Lunatic asylums Punjab 1895-1910 - 1895-1910
Year: 1895
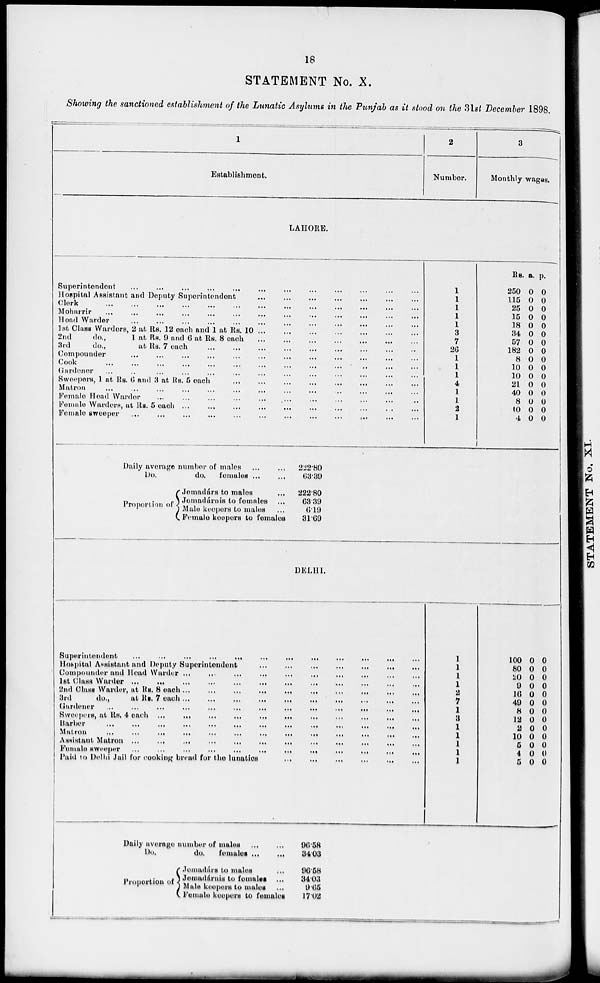
18
STATEMENT No. X.
Showing the sanctioned establishment of the Lunatic Asylums in the Punjab as it stood on the 31st December 1898.
1
Establishment.
2
Number.
3
Monthly- wages.
LAHORE.
Superintendent
...
...
...
...
...
...
...
...
...
...
...
...
Hospital Assistant and Deputy Superintendent ... ... ... ... ... ... ... ... ... ... ... ...
Clerk ... ... ... ... ... ... ... ... ... ... ... ...
Moharrir
...
...
...
...
...
...
...
...
...
...
...
...
Head Warder
...
...
...
...
...
...
...
...
...
...
...
...
1st Class Warders, 2 at Rs. 12 each and 1 at Rs. 10 ... ... ... ... ... ... ... ... ... ... ... ...
2nd
do.,
1 at Rs. 9 and 6 at Rs. 8 each ... ... ... ... ... ... ... ... ... ... ... ...
3rd
do.,
at Rs. 7 each ... ... ... ... ... ... ... ... ... ... ... ...
Compounder
...
...
...
...
...
...
...
...
...
...
...
...
Cook
...
...
...
...
...
...
...
...
...
...
...
...
Gardener
...
...
...
...
...
...
...
...
...
...
...
...
Sweepers, 1 at Rs. 6 and 3 at Rs. 5 each ... ... ... ... ... ... ... ... ... ... ... ...
Matron
...
...
...
...
...
...
...
...
...
...
...
...
Female Head Warder
...
...
...
...
...
...
...
...
...
...
...
...
Female Warders, at Rs. 5 each
...
...
...
...
...
...
...
...
...
...
...
...
Female sweeper
...
...
...
...
...
...
...
...
...
...
...
...
Daily average number of males ...
...
Do.
do.
females
...
...
Proportion of
Jemadárs to males
...
Jemadárnis to females ...
Male keepers to males
Female keepers to females
222.80
63.39
222.80
63.39
6.19
31.69
1
1
1
1
1
3
7
26
1
1
1
4
1
1
2
1
Rs.
250
115
25
15
18
34
57
182
8
10
10
21
40
8
10
4
a.
0
0
0
0
0
0
0
0
0
0
0
0
0
0
0
0
p.
0
0
0
0
0
0
0
0
0
0
0
0
0
0
0
0
DELHI.
Superintendent
...
...
...
...
...
...
...
...
...
...
...
...
Hospital Assistant and Deputy Superintendent ... ... ... ... ... ... ... ... ... ... ... ...
Compounder and Head Warder ... ... ... ... ... ... ... ... ... ... ... ...
1st Class Warder
...
...
...
...
...
...
...
...
...
...
...
...
2nd Class Warder, at Rs. 8 each
...
...
...
...
...
...
...
...
...
...
...
...
3rd
do.,
at Rs. 7 each
...
...
...
...
...
...
...
...
...
...
...
...
Gardener
...
...
...
...
...
...
...
...
...
...
...
...
Sweepers, at Rs. 4 each
...
...
...
...
...
...
...
...
...
...
...
...
Barber
...
...
...
...
...
...
...
...
...
...
...
...
Matron
...
...
...
...
...
...
...
...
...
...
...
...
Assistant Matron
...
...
...
...
...
...
...
...
...
...
...
...
Female sweeper
...
...
...
...
...
...
...
...
...
...
...
...
Paid to Delhi Jail for cooking bread for the lunatics ... ... ... ... ... ... ... ... ... ... ... ...
Daily average number of males ...
Do,
do.
females
...
...
Proportion of
Jemadárs to males ...
Jemadárnis to females ...
Male keepers to males ...
Female keepers to females
96.58
34.03
96.58
34.03
9.65
17.02
1
1
1
1
2
7
1
3
1
1
1
1
1
100
80
20
9
16
49
8
12
2
10
5
4
5
0
0
0
0
0
0
0
0
0
0
0
0
0
0
0
0
0
0
0
0
0
0
0
0
0
0